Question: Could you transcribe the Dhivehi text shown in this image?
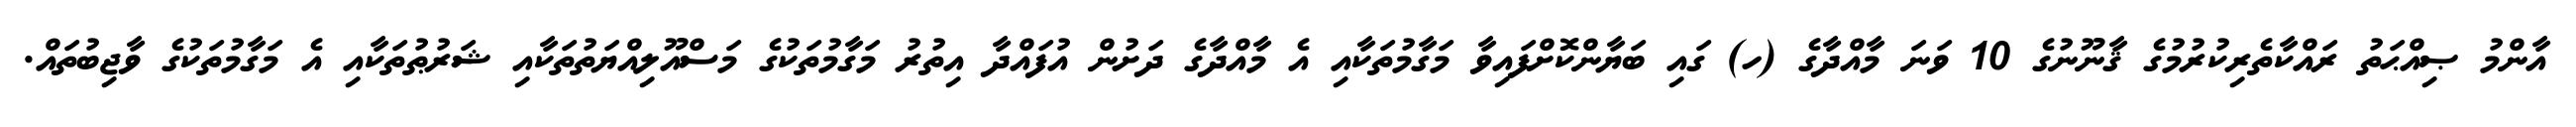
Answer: އާންމު ޞިއްޙަތު ރައްކާތެރިކުރުމުގެ ޤާނޫނުގެ 10 ވަނަ މާއްދާގެ (ހ) ގައި ބަޔާންކޮށްފައިވާ މަގާމުތަކާއި އެ މާއްދާގެ ދަށުން އުފައްދާ އިތުރު މަގާމުތަކުގެ މަސްއޫލިއްޔަތުތަކާއި ޝަރުޠުތަކާއި އެ މަގާމުތަކުގެ ވާޖިބުތައް.